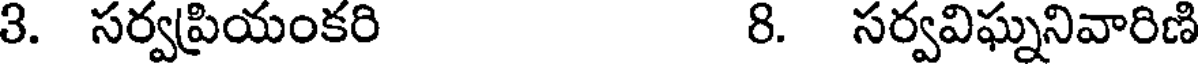
3. సర్వప్రియంకరి 8. సర్వవిఘ్ననివారిణి